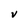
Character: V